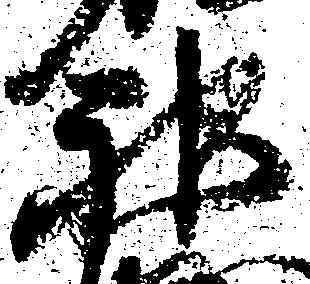
神